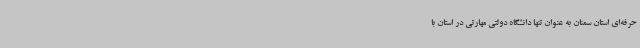
حرفه‌ای استان سمنان به‌ عنوان تنها دانشگاه دولتی مهارتی در استان با